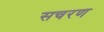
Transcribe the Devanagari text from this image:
सचरण